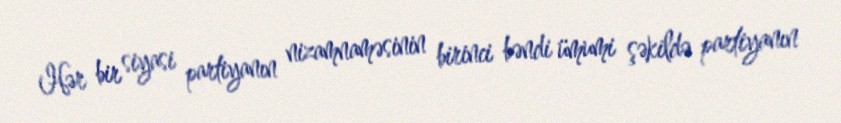
Hər bir siyasi partiyanın nizamnaməsinin birinci bəndi ümumi şəkildə partiyanın